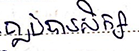
ធ្លាប់បានសិក្សា